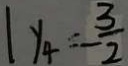
1 y _ { 4 } = - \frac { 3 } { 2 }